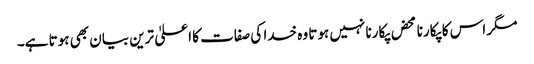
مگر اس کا پکارنا محض پکارنا نہیں ہوتا وہ خدا کی صفات کا اعلیٰ ترین بیان بھی ہوتا ہے۔